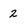
Character: 2